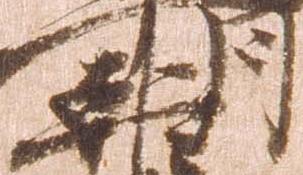
朝